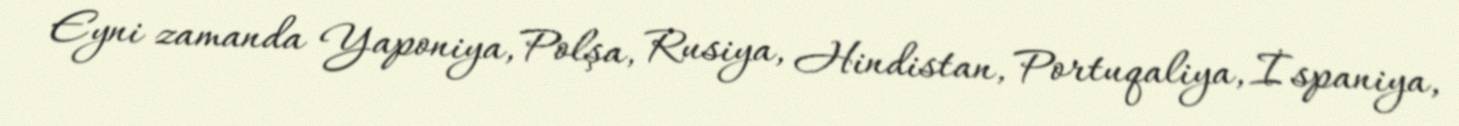
Eyni zamanda Yaponiya, Polşa, Rusiya, Hindistan, Portuqaliya, İspaniya,